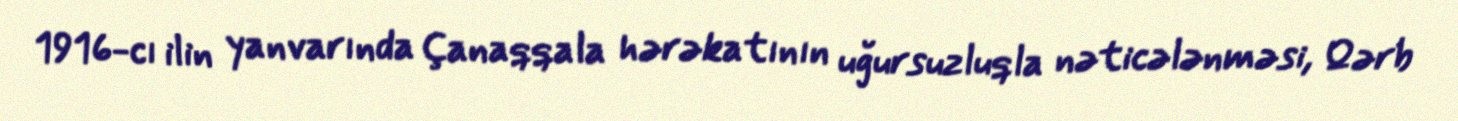
1916-cı ilin yanvarında Çanaqqala hərəkatının uğursuzluqla nəticələnməsi, Qərb